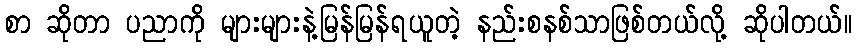
စာ ဆိုတာ ပညာကို များများနဲ့မြန်မြန်ရယူတဲ့ နည်းစနစ်သာဖြစ်တယ်လို့ ဆိုပါတယ်။